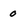
Character: 0